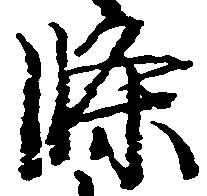
条